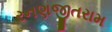
રનણજીતરામ